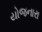
યોજનારા